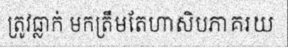
ត្រូវធ្លាក់ មកត្រឹមតែហាសិបភាគរយ